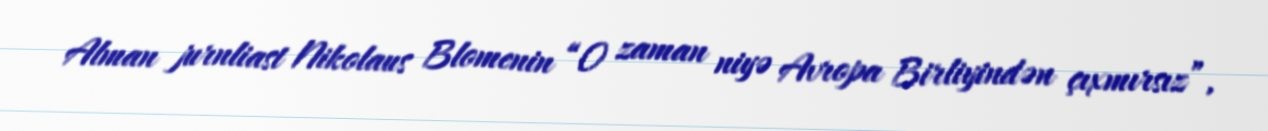
Alman jurnliast Nikolaus Blomenin “O zaman niyə Avropa Birliyindən çıxmırsız”,